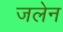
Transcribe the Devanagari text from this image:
जलेन